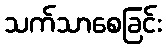
သက်သာစေခြင်း